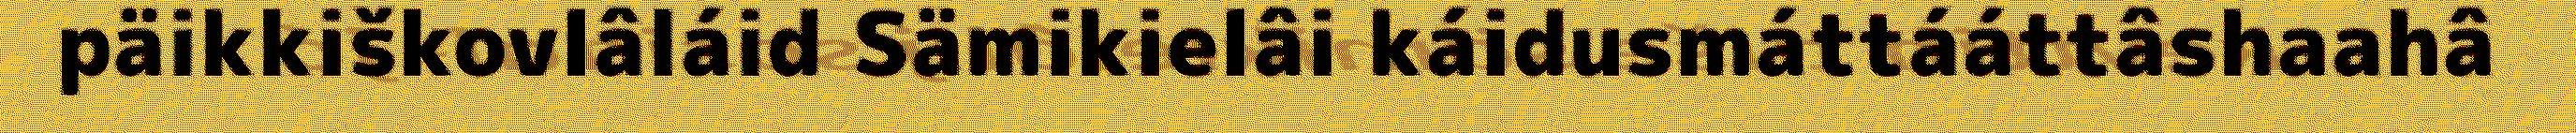
päikkiškovlâláid Sämikielâi káidusmáttááttâshaahâ